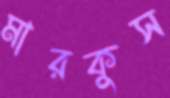
মারকুস